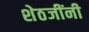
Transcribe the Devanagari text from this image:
शेठजींनी